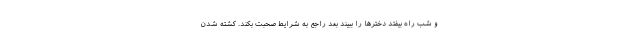
و شب راه بیفتد دخترها را ببیند بعد راجع به شرایط صحبت بکند. کشته شدن